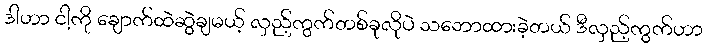
ဒါဟာ ငါ့ကို ချောက်ထဲဆွဲချမယ့် လှည့်ကွက်တစ်ခုလိုပဲ သဘောထားခဲ့တယ် ဒီလှည့်ကွက်ဟာ